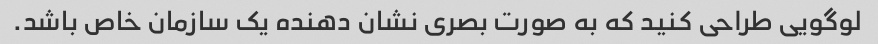
لوگویی طراحی کنید که به صورت بصری نشان دهنده یک سازمان خاص باشد.